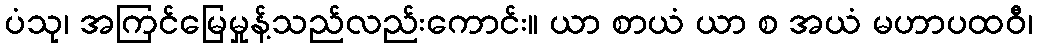
ပံသု၊ အကြင်မြေမှုန့်သည်လည်းကောင်း။ ယာ စာယံ ယာ စ အယံ မဟာပထဝီ၊